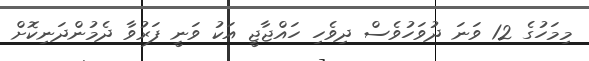
މިމަހުގެ 12 ވަނަ ދުވަހުވެސް ދިވެހި ހައްޖާޖީ އަކު ވަނީ ފަރުވާ ދެމުންދަނިކޮށް